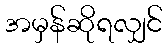
အမှန်ဆိုရလျှင်